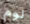
لوم